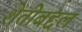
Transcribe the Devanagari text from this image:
शेतीबद्दल